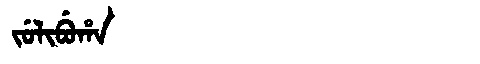
Manchu: ᠵᡠᠯᡳᠪᡠᡥᠠ
Romanization: JULIBUHA